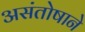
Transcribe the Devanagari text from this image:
असंतोषाने